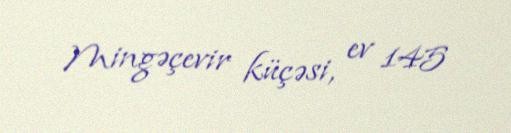
Mingəçevir küçəsi, ev 145